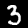
Digit: 3